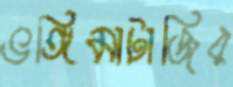
ভঙ্গিমাটাজির